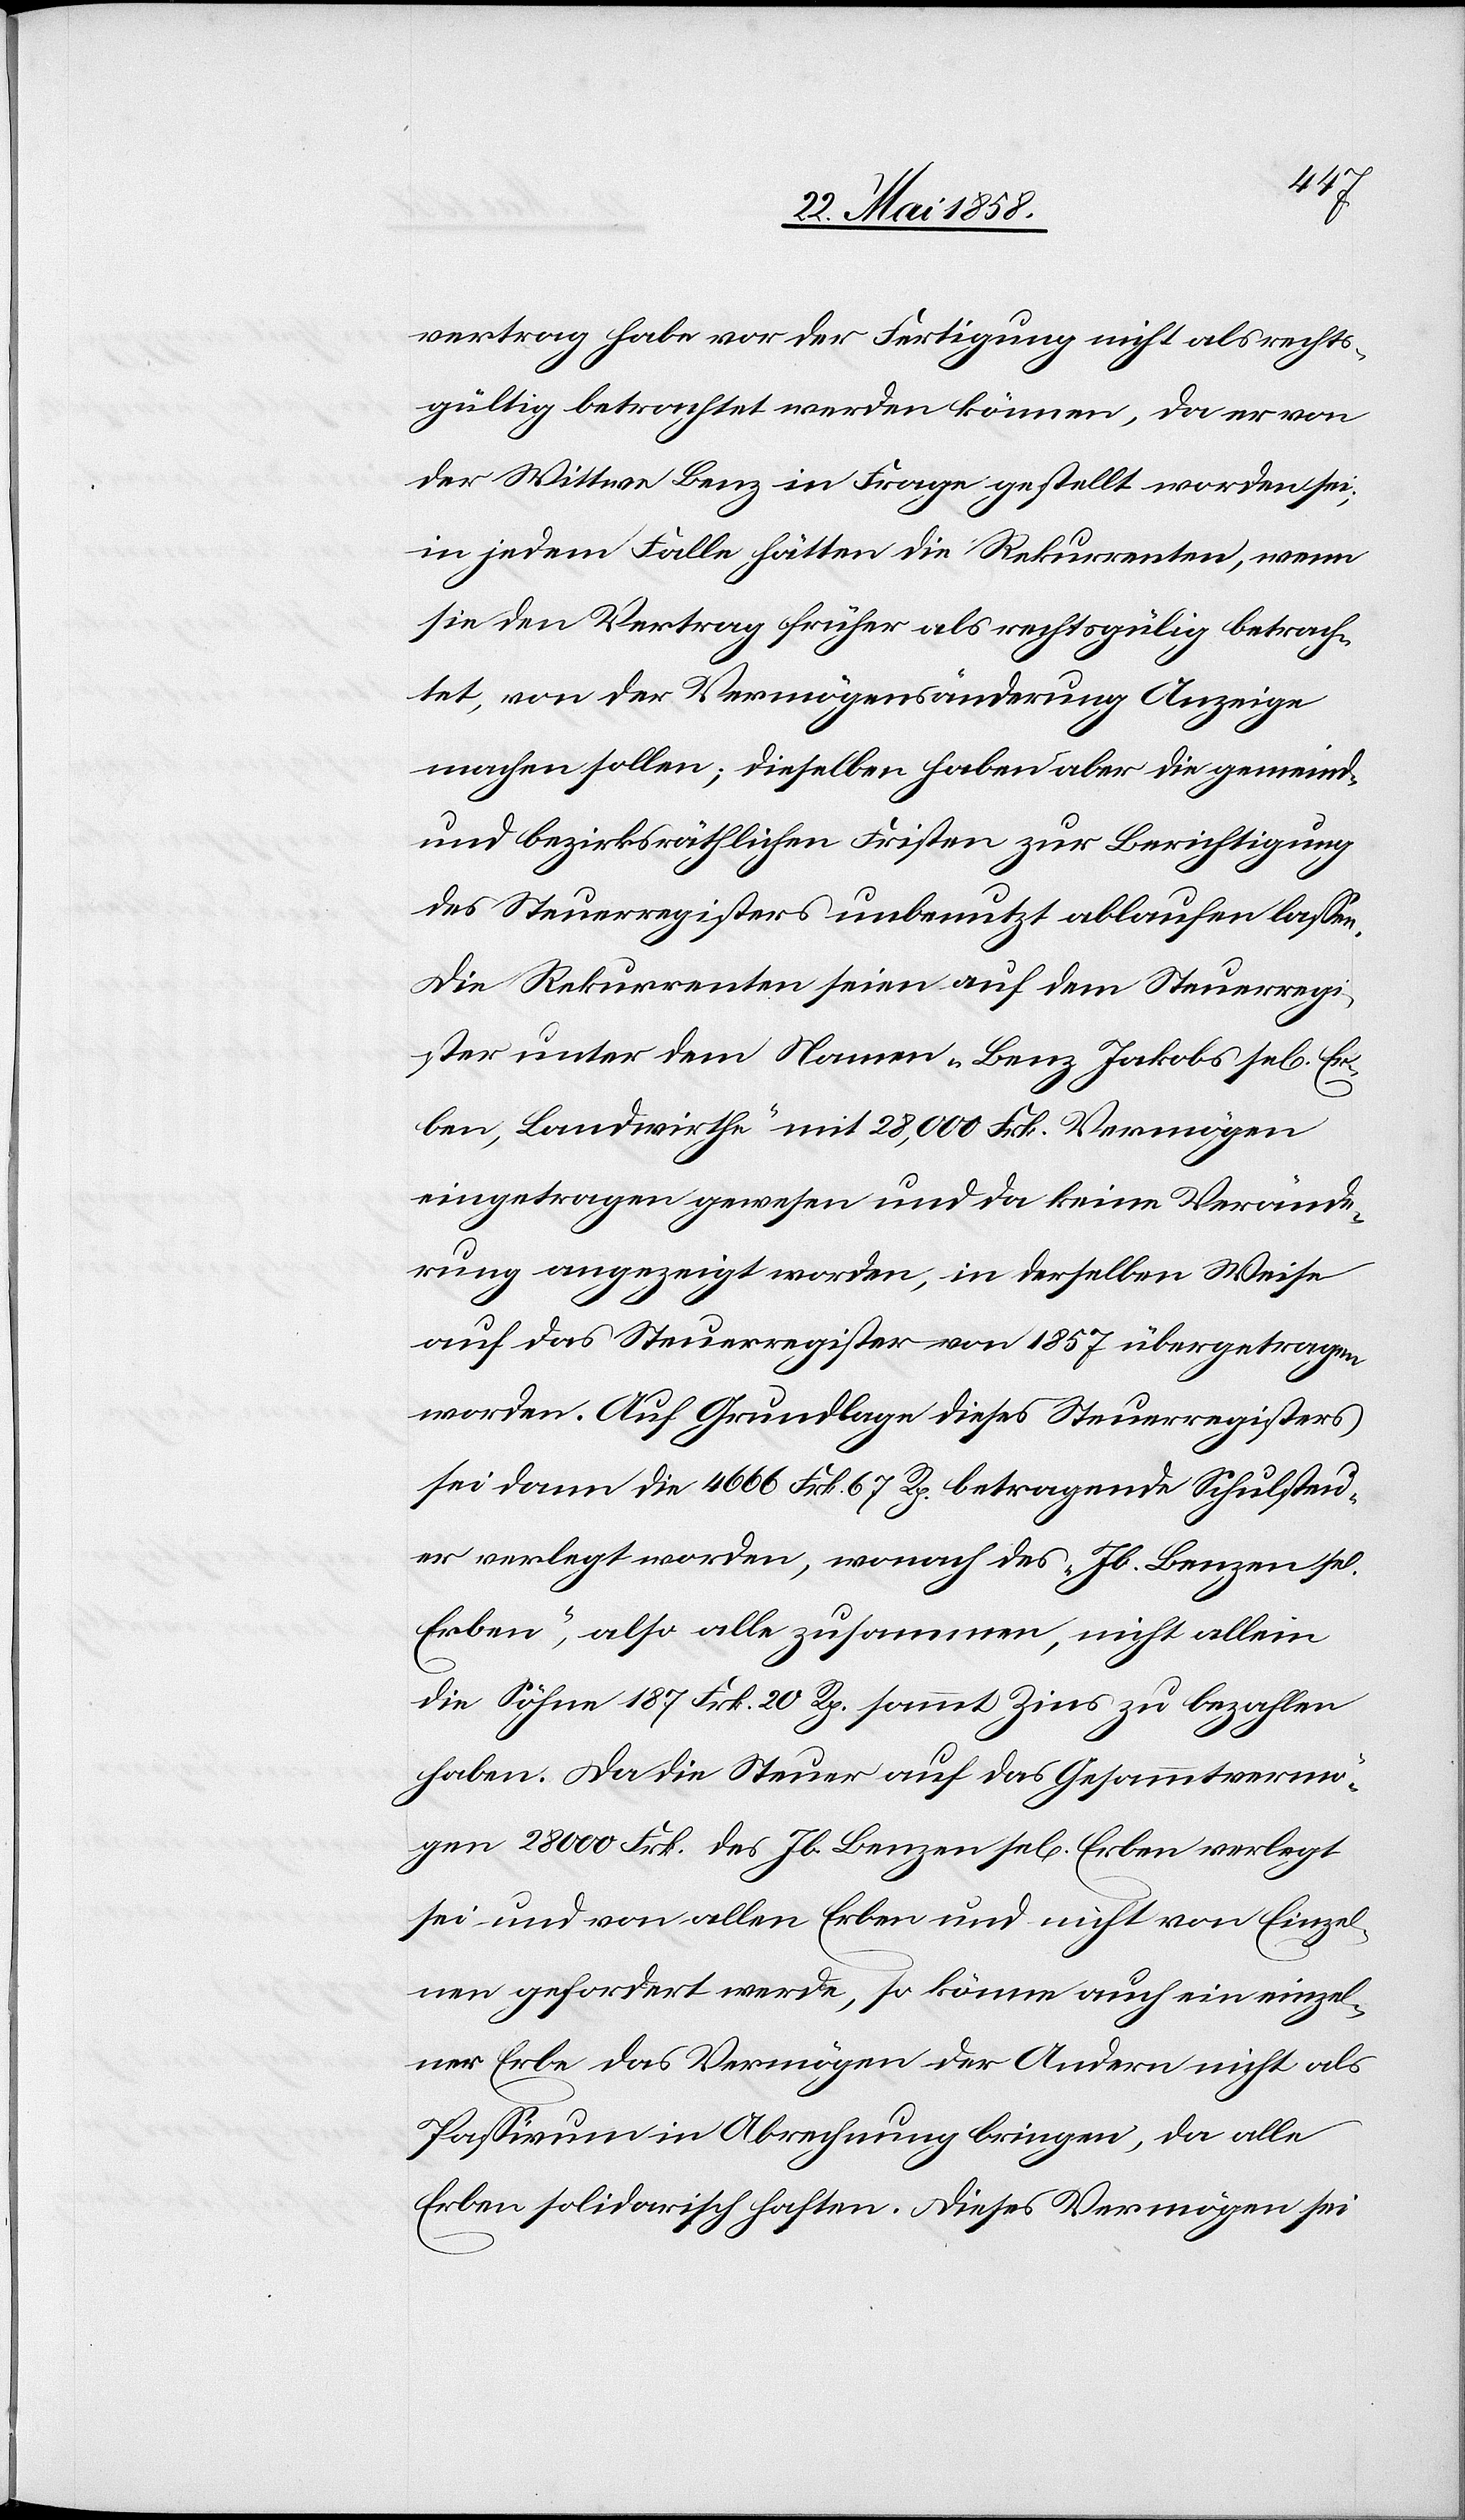
rech¬
tsgültig betrachtet werden können, da er von
der Wittwe Benz in Frage gestellt worden sei;
in jedem Falle hätten die Rekurrenten, wenn
sie den Vertrag früher als rechtsgül[t]ig betrach¬
tet, von der Vermögensänderung Anzeige
machen sollen; dieselben haben aber die gemeind-
und bezirksräthlichen Fristen zur Berichtigung
des Steuerregisters unbenutzt ablaufen lassen.
Die Rekurrenten seien auf dem Steuerregi¬
ster unter dem Namen „Benz Jakobs se[ligen] Er¬
ben, Landwirthe“ mit 28,000 Frk. Vermögen
eingetragen gewesen und da keine Verände¬
rung angezeigt worden, in derselben Weise
auf das Steuerregister von 1857 übergetragen
worden. Auf Grundlage dieses Steuerregisters
sei dann die 4666 Frk. 67 Rp. betragende Schulsteu¬
er verlegt worden, wonach des „Jb. Benzen sel.
Erben“, also alle zusammen, nicht allein
die Söhne 187 Frk. 20 Rp. sammt Zins zu bezahlen
haben. Da die Steuer auf das Gesammtvermö¬
gen 28 000 Frk. des Jb. Benzen se[ligen] Erben verlegt
sei und von allen Erben und nicht von Einzel¬
nen gefordert werde, so könne auch ein einzel¬
ner Erbe das Vermögen der Andern nicht als
Passivum in Abrechnung bringen, da alle
Erben solidarisch haften. Dieses Vermögen sei